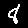
Digit: 8